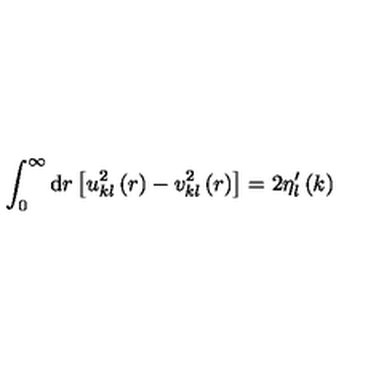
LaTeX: \int _ { 0 } ^ { \infty } \mathrm { d } r \left[ u _ { k l } ^ { 2 } \left( r \right) - v _ { k l } ^ { 2 } \left( r \right) \right] = 2 \eta _ { l } ^ { \prime } \left( k \right)